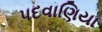
પદવાણિયા